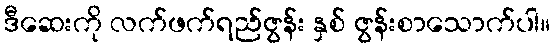
ဒီဆေးကို လက်ဖက်ရည်ဇွန်း နှစ် ဇွန်းစာသောက်ပါ။